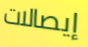
إيصالات